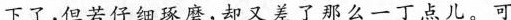
下了，但若等细琢磨，却又差了那么一丁点儿。可